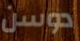
دوسن